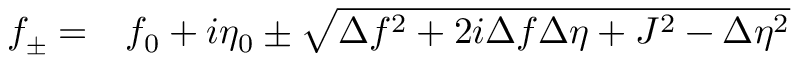
\begin{array} { r l } { f _ { \pm } = } & { { } f _ { 0 } + i \eta _ { 0 } \pm \sqrt { \Delta f ^ { 2 } + 2 i \Delta f \Delta \eta + J ^ { 2 } - \Delta \eta ^ { 2 } } } \end{array}